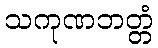
သကုဏဘတ္တံ